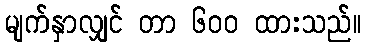
မျက်နှာလျှင် တာ ၆၀၀ ထားသည်။